Indian journal of veterinary science and animal husbandry - Volumes 22-23, 1952-1953
Year: 1952
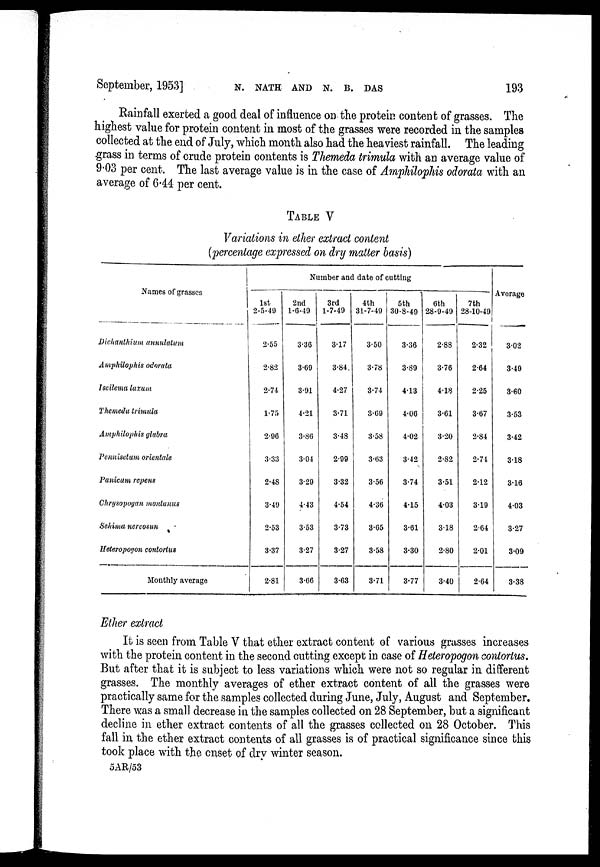
September, 1953]
N.
NATH
AND
N.
B.
DAS
193
Rainfall exerted a good deal of influence on the protein content of grasses. The
highest value for protein content in most of the grasses were recorded in the samples
collected at the end of July, which month also had the heaviest rainfall. The leading
grass in terms of crude protein contents is Themeda trimula with an average value of
9.03 per cent. The last average value is in the case of Amphilophis odorata with an
average of 6.44 per cent.
TABLE V
Variations in ether extract content
(percentage expressed on dry matter basis)
Names of grasses
Dichanthium annulatum
Amphilophis odorata
Iseilema luxum
Themeda trimula
Amphilophis glabra
Pennisetum orientale
Panicum repens
Chrysopogan montanus
Sehima nervosun
Heteropogon contortus
Monthly average
Number and date of cutting
1st
2-5-49
2.55
2.82
2.74
1.75
2.96
3.33
2.48
3.49
2.53
3.37
2.81
2nd
1-6-49
3.36
3.69
3.91
4.21
3.86
3.04
3.29
4.43
3.53
3.27
3.66
3rd
1-7-49
3.17
3.84.
4.27
3.71
3.48
2.99
3.32
4.54
3.73
3.27
3.63
4th
31-7-49
3.50
3.78
3.74
3.69
3.58
3.63
3.56
4.36
3.65
3.58
3.71
5th
30-8-49
3.36
3.89
4.13
4.06
4.02
3.42
3.74
4.15
3.61
3.30
3.77
6th
28-9-49
2.88
3.76
4.18
3.61
3.20
2.82
3.51
4.03
3.18
2.80
3.40
7th
28-10-49
2.32
2.64
2.25
3.67
2.84
2.74
2.12
3.19
2.64
2.01
2.64
Average
3.02
3.49
3.60
3.53
3.42
3.18
3.16
4.03
3.27
3.09
3.38
Ether extract
It is seen from Table V that ether extract content of various grasses increases
with the protein content in the second cutting except in case of Heteropogon contortus.
But after that it is subject to less variations which were not so regular in different
grasses. The monthly averages of ether extract content of all the grasses were
practically same for the samples collected during June, July, August and September.
There was a small decrease in the samples collected on 28 September, but a significant
decline in ether extract contents of all the grasses collected on 28 October. This
fall in, the ether extract contents of all grasses is of practical significance since this
took place with the onset of dry winter season.
5AR/53